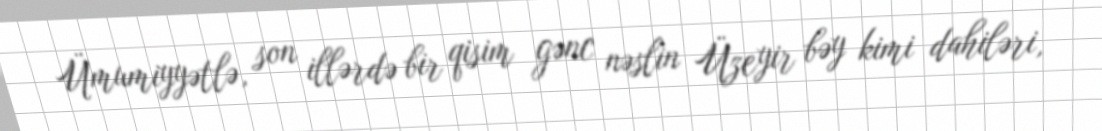
Ümumiyyətlə, son illərdə bir qisim gənc nəslin Üzeyir bəy kimi dahiləri,